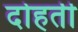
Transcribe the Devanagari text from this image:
दोहर्ती